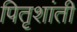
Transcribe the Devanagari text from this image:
पितृशांती